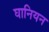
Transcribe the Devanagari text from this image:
घानियन